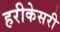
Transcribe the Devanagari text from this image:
हरीकेसरी